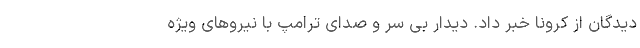
دیدگان از کرونا خبر داد. دیدار بی سر و صدای ترامپ با نیروهای ویژه